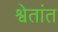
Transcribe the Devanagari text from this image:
श्वेतांत